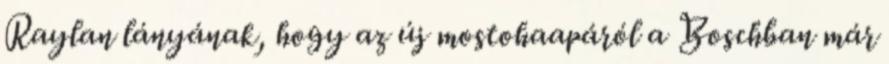
Raylan lányának, hogy az új mostohaapáról a Boschban már